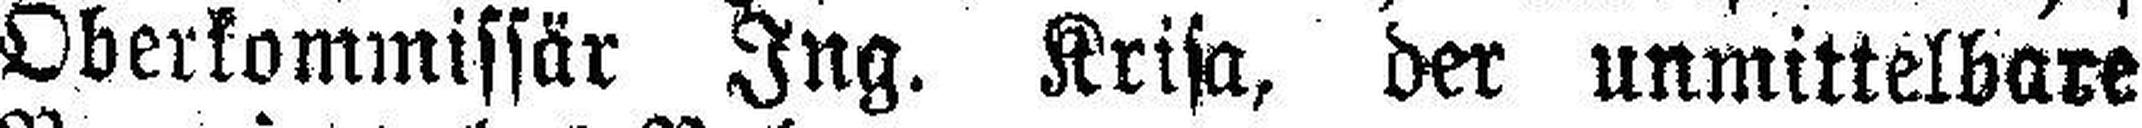
Oberkommissär Ing. Krisa, der unmittelbare